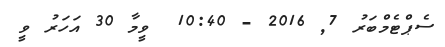
ސެޕްޓެމްބަރު 7